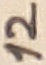
Text: 12